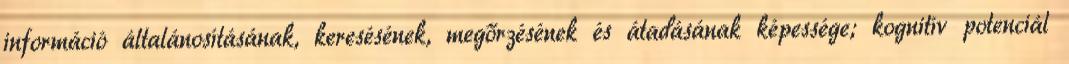
információ általánosításának, keresésének, megőrzésének és átadásának képessége; kognitív potenciál